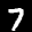
Label: 7